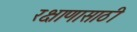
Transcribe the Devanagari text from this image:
रक्षाणासाठी